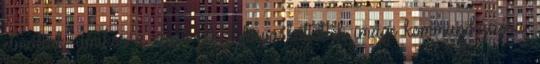
elmúltak, amikor a cégek pénzt fosva költöttek image kommunikációra.